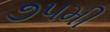
૭૫મી